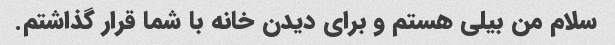
سلام من بیلی هستم و برای دیدن خانه با شما قرار گذاشتم.